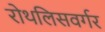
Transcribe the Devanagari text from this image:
रोथलिसवर्गर